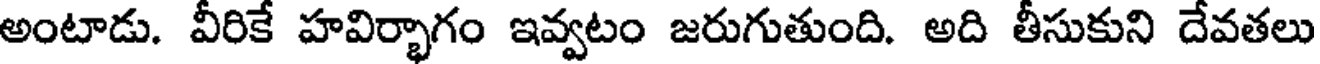
అంటాడు. వీరికే హవిర్భాగం ఇవ్వటం జరుగుతుంది. అది తీసుకుని దేవతలు